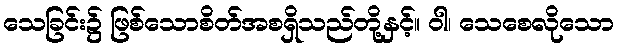
သေခြင်း၌ ဖြစ်သောစိတ်အစရှိသည်တို့နှင့်။ ဝါ၊ သေစေလိုသော